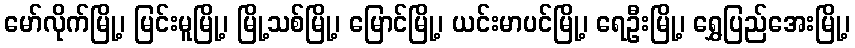
မော်လိုက်မြို့၊ မြင်းမူမြို့၊ မြို့သစ်မြို့၊ မြောင်မြို့၊ ယင်းမာပင်မြို့၊ ရေဦးမြို့၊ ရွှေပြည်အေးမြို့၊